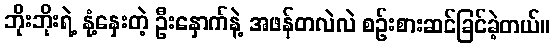
ဘိုးဘိုးရဲ့ နုံ့နှေးတဲ့ ဦးနှောက်နဲ့ အဖန်တလဲလဲ စဉ်းစားဆင်ခြင်ခဲ့တယ်။